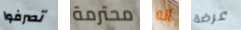
تصرفوا محترمة انه عرضة